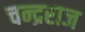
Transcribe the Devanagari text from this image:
चन्द्रराज